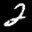
Label: 2